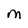
Character: M